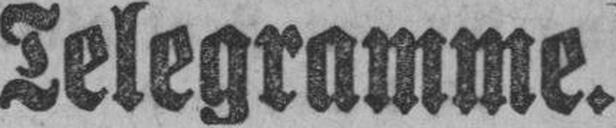
Telegramme.